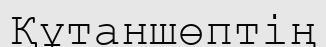
Құтаншөптің